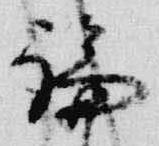
論